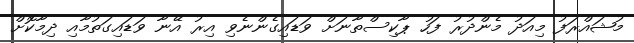
މުޝައްރަފު މިއަދު މެންދުރު ފަހު ޕާކިސްތާނަށް ވަޑައިގެންނެވި އިރު އޭނާ ވަޑައިގަތުމާއި ދިމާކޮށް